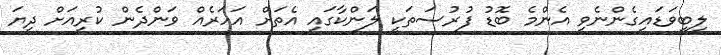
ލިބިވަޑައިގެންނެވި އެންމެ ބޮޑު ފުރުސަތަކީ ލަންކާގައި އެތަށް އަހަރެއް ވަންދެން ކުރިއަށް ދިޔަ